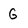
Character: G